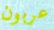
عربون